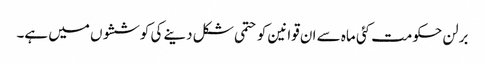
برلن حکومت کئی ماہ سے ان قوانین کو حتمی شکل دینے کی کوششوں میں ہے۔